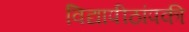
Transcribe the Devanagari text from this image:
विद्यापीठांपकी